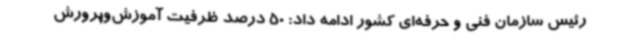
رئیس سازمان فنی و حرفه‌ای کشور ادامه داد: 50 درصد ظرفیت آموزش‌وپرورش